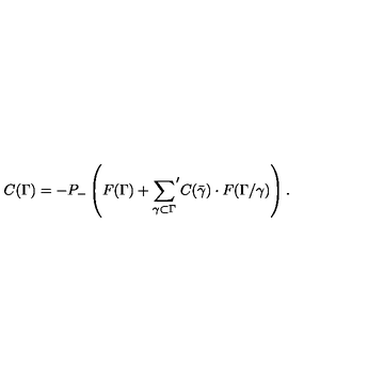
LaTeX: C ( \Gamma ) = - P _ { - } \left( F ( \Gamma ) + { \sum _ { \gamma \subset \Gamma } } ^ { \prime } C ( \bar { \gamma } ) \cdot F ( \Gamma / \gamma ) \right) .